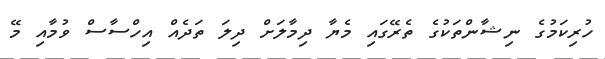
ހުރިކަމުގެ ނިޝާންތަކުގެ ތެރޭގައި މެޔާ ދިމާލަށް ދިލަ ތަދެއް އިހްސާސް ވުމާއި މޭ